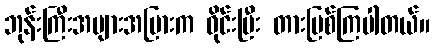
ဘုန်းကြီးအများအပြားက ဝိုင်းပြီး တားမြစ်ကြပါတယ်။